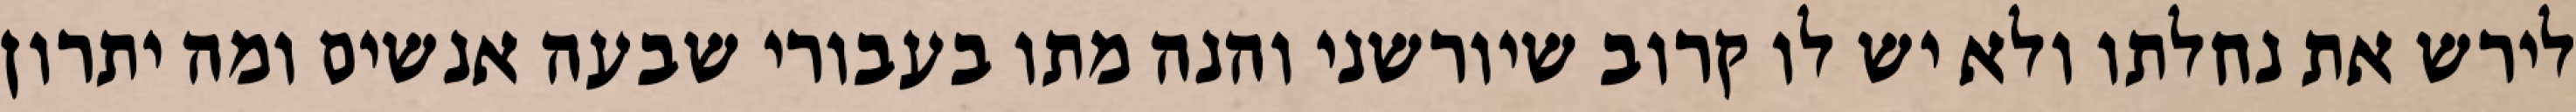
לירש את נחלתו ולא יש לו קרוב שיורשני והנה מתו בעבורי שבעה אנשים ומה יתרון